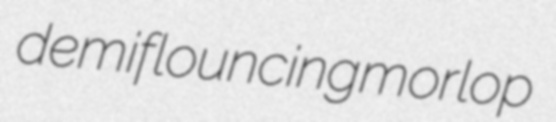
demiflouncing morlop